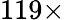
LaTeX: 119\times